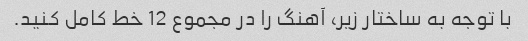
با توجه به ساختار زیر، آهنگ را در مجموع 12 خط کامل کنید.